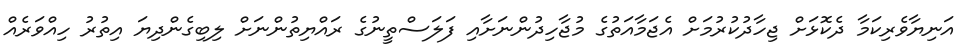
އަނިޔާވެރިކަމާ ދެކޮޅަށް ޖިހާދުކުރުމަށް އެޖަމާއަތުގެ މުޖާހިދުންނަށާއި ފަލަސްތީނުގެ ރައްޔިތުންނަށް ލިބިގެންދިޔަ އިތުރު ހިއްވަރެއް